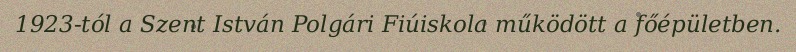
1923-tól a Szent István Polgári Fiúiskola működött a főépületben.